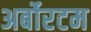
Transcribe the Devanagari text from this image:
अर्बोरटम